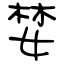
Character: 婪